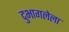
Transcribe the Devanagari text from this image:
दुभागलेला